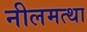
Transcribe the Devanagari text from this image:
नीलमत्था